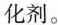
化剂。